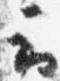
云